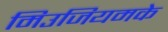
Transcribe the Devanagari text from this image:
मिउजियमके